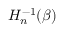
H _ { n } ^ { - 1 } ( \beta )